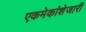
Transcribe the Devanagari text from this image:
एकमेकांशेजारी